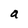
Character: a